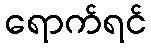
ရောက်ရင်